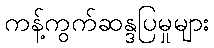
ကန့်ကွက်ဆန္ဒပြမှုများ